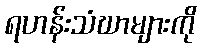
ရဟန်းသံဃာများကို